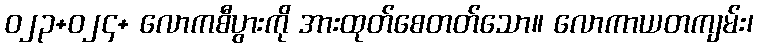
ဝ၂၃+ဝ၂၄+ လောကစီပွားကို အားထုတ်စေတတ်သော။ လောကာယတကျမ်း၊